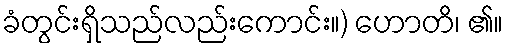
ခံတွင်းရှိသည်လည်းကောင်း။) ဟောတိ၊ ၏။